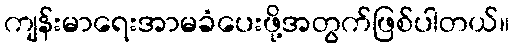
ကျန်းမာရေးအာမခံပေးဖို့အတွက်ဖြစ်ပါတယ်။